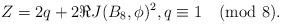
LaTeX: \begin{align*}Z= 2q + 2 \Re J(B_8, \phi)^2, q \equiv 1 \pmod 8.\end{align*}